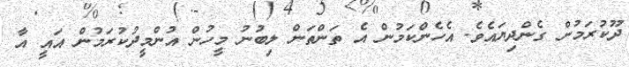
ދޫކުރަމުން ގެންދިޔައެވެ. އެހެންކަމުން އެ ތަންތަން ލިބުނު މީހުން އުންމީދުކުރަމުން އައީ އާ